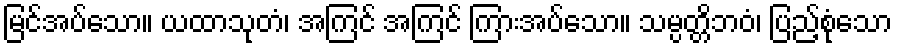
မြင်အပ်သော။ ယထာသုတံ၊ အကြင် အကြင် ကြားအပ်သော။ သမ္ပတ္တိဘဝံ၊ ပြည့်စုံသော